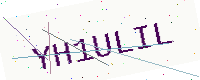
Text: YH1ULIL